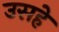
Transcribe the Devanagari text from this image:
उसहे